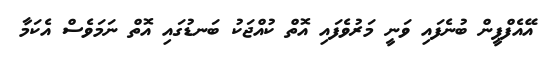
އޭއެފްޕީން ބުނެފައި ވަނީ މަރުވެފައި އޮތް ކުއްޖަކު ބަނޑުގައި އޮތް ނަމަވެސް އެކަމާ